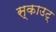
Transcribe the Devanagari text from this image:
स्काउट्